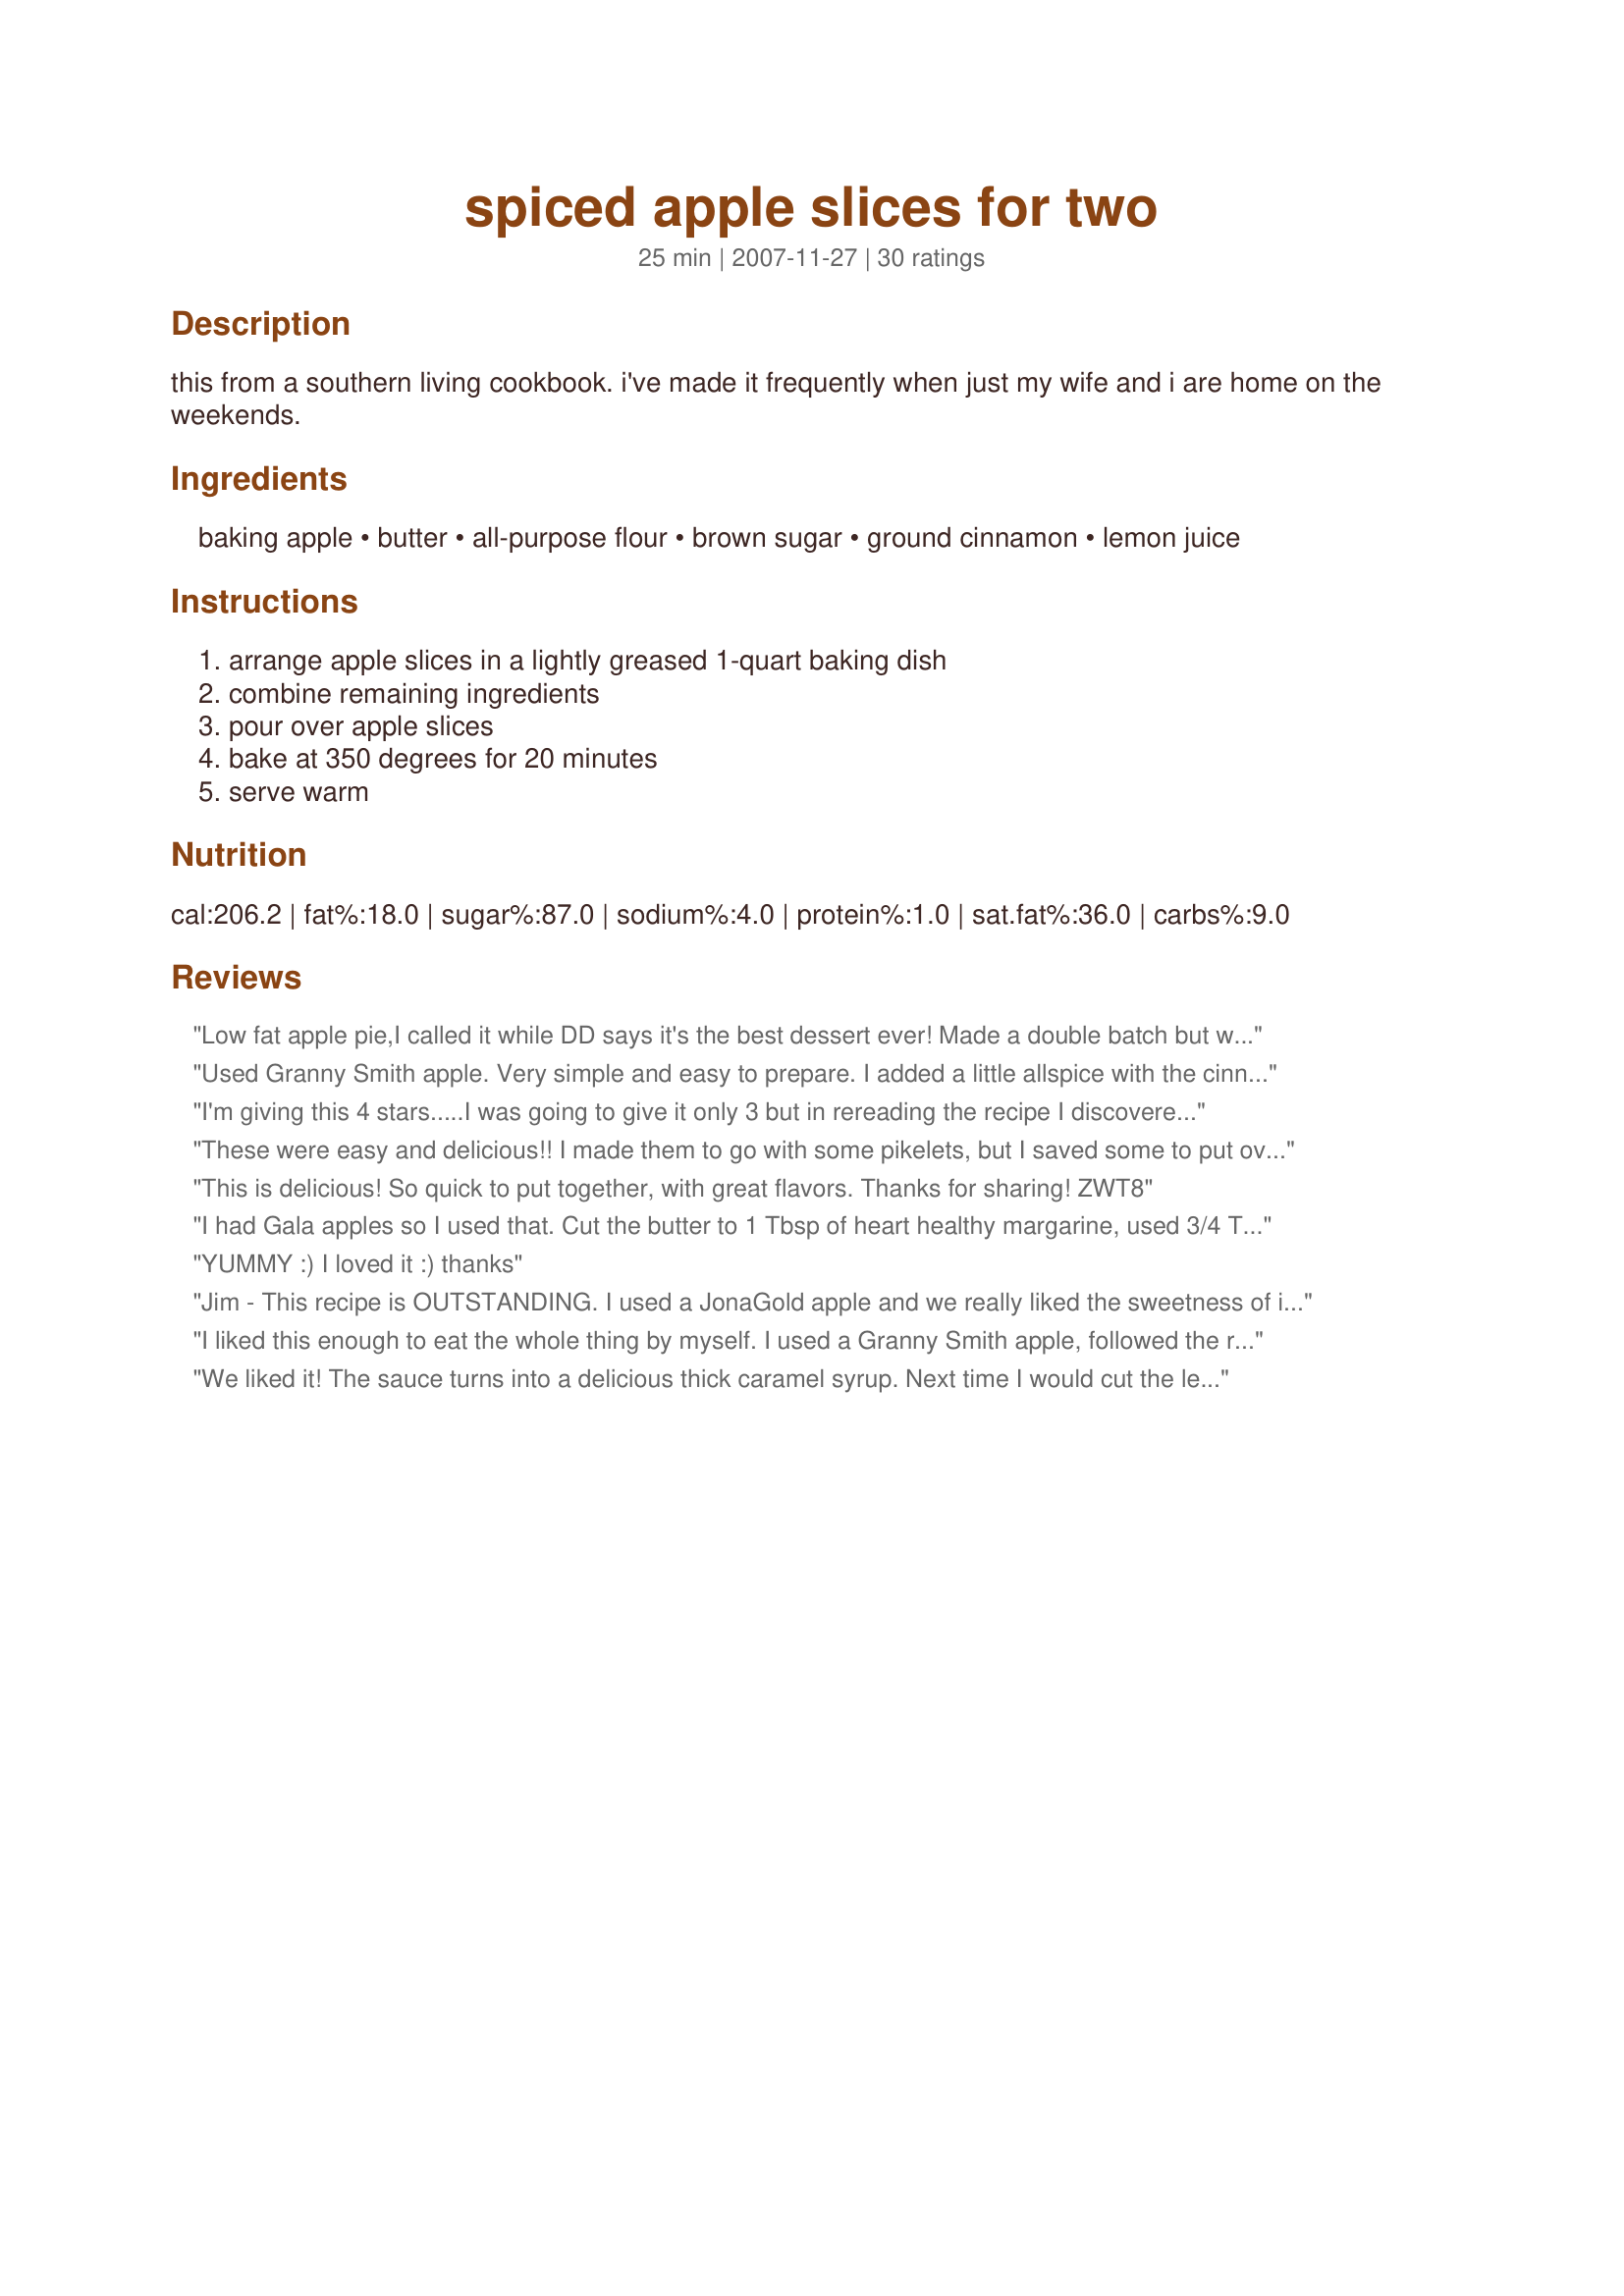
spiced apple slices for two
Preparation time: 25 minutes

this from a southern living cookbook. i've made it frequently when just my wife and i are home on the weekends.

Ingredients:
baking apple, butter, all-purpose flour, brown sugar, ground cinnamon, lemon juice

Steps:
arrange apple slices in a lightly greased 1-quart baking dish, combine remaining ingredients, pour over apple slices, bake at 350 degrees for 20 minutes, serve warm

Reviews:
Low fat apple pie,I called it while DD says it's the best dessert ever! Made a double batch but was barely enough for a mommy and two little girls.Made for ZWT6,go Vagabonds!
Used Granny Smith apple. Very simple and easy to prepare. I added a little allspice with the cinnamon. We enjoyed the for breakfast. Thanks Jim and congrats on your Football Pool win.
I'm giving this 4 stars.....I was going to give it only 3 but in rereading the recipe I discovered I made a mistake and only used 1/2 Tbsp. of brown sugar instead of 1 and 1/2 Tbsp! That would explain why I thought it was so sour. I was disappointed in it but now I plan on making it again the right way and updating my review. Made for Football Pool 2012.
These were easy and delicious!! I made them to go with some pikelets, but I saved some to put over ice cream. Just the right balance of sweet and tart.
This is delicious! So quick to put together, with great flavors. Thanks for sharing! ZWT8
I had Gala apples so I used that. Cut the butter to 1 Tbsp of heart healthy margarine, used 3/4 Tbsp Splenda Brown Sugar and 1/2 a tsp of cinnamon. The apple and cinnamon aroma is lovely and it even enticed DH to share it with me!. I made this as a breakfast dish and we both loved it. The apples are tender and delicious. Made for ZWT4.
YUMMY :) I loved it :) thanks
Jim - This recipe is OUTSTANDING. I used a JonaGold apple and we really liked the sweetness of it with the brown sugar and cinnamon. I did not use the flour - forgot to add it - but the apples still turned out wonderfully. Will be making these again - great for a busy weeknight - so quick and easy to make. Made for HARVEST MOON APPLE FESTIVAL in the Diabetic Forum, October 2010!
I liked this enough to eat the whole thing by myself. I used a Granny Smith apple, followed the recipe, and added a bit of heavy cream. I'll certainly make this often. Thanks for sharing. Made for Football Pool 2012.
We liked it! The sauce turns into a delicious thick caramel syrup. Next time I would cut the lemon juice at least in half, but there will definitely be a next time! Made for ZWT, please see my rating system as I rate tougher than most.
ZWT4: Quick to prepare and delicious!! We will be making this again!!
This was great!! Made exactly as directed but I doubled it...and I'm glad I did! Wow...this was like a warm apple pie without the mess and work! Served with a little ice cream and it was delicious dessert after dinner! Thanks for sharing this fantastic recipe! And congrats on winning the football pool!!! Made for the Football Pool-Week 1 game.
This was very good and made my kitchen smell wonderful. No leftovers. Thanks for a great recipe.
Really easy and tasty dessert. This would take care of an apple pie craving without making the pie. We ate ours with some vanilla ice cream. The apples had just the slightest crunch to them which I appreciated. Made for the Babes of ZWT4.
Made this with Granny Smith apple and Spenda Brown Sugar - then followed the recipe exactly as posted. It was great - loved the tang of the sour apple and the sweet of the topping. Topped with ice cream and added some walnuts - YUM. So easy and a nice ending to our dinner. Had a little left over but not enough for a full serving so the next morning I added the little bit of left over to my morning oatmeal and Wow, was that good. Thanks Maryland Jim for a very nice recipe.
This was really yummy, and a simple dessert. The sauce was so yummy, it made my DH admit that this should get 4 stars, even though he thought it was too tart with Granny Smith apples. Thank you for posting! Made for ZWT4.
I really enjoyed this, used brown sugar splenda blend too, and low fat butter. An easy but yummy dessert especially after a very spicy dinner when i needed to cool my mouth down lol
Easy, smells great, tastes great. I should have made more!
I made this with my son for ZWT4 Cooking with Kids Challenge. He loved helping prepare and EAT this dish. We even shared with Dad and the big brothers. Everyone thought it was a fun and tasty treat, but I wasn't crazy about the texture of the sauce.
Loved these quick and easy apples! I enjoyed mine for breakfast but I think they'd be great for dessert with some vanilla or cinnamon ice cream too. Thanks for sharing the recipe!
Hi Maryland Jim, how wonderful! I made this because I had the yen for apple pie and this was even better! I used a Granny Smith apple but used very little lemon juice and used brown sugar substitute and it was awesome! Thank you for posting such a great recipe! I made this for 'I Recommend ...A New Thread" and it was from puppitypup's recommendation, Diane :)
Made for ZWT4...These were good. The kids loved them but hubby and I just thought they were pretty good. I will probably make again for the kids since they loved it so much and try experimenting with different kinds of apples.
This was so simple, smelled great while cooking and very good. I used a Granny Smith apple and followed the directions as written. I had this as a dessert for just me and I ate it all, lol. So.... not so sure about the 'for two' part. :) I plan on making this again soon and serve it over ice cream. Thanks Maryland Jim for a great treat! Made for MJ's win in the football pool.
I doubled this recipe to serve 4 as I made this to serve over oatmeal for breakfast for the kids and myself. I also converted it to the crockpot. Besides doubling up on the ingredients (I would cut back a little bit on the butter - 2 tblsps is sufficient, I think), increase the flour by 1/2 teaspoon (for a single serving - 1 teaspoon for a doubled recipe) to compensate for the lack of evaporation that will take place in the crockpot. Cook, on high, for 1 hour and 20 minutes. I did up the amount of cinnamon, but that was personal preference. Very tasty apple slices in a tart/sweet sauce. As I said, we served this on oatmeal, but I bet it would be great on icecream, too. I also think that adding other 'warm' spices, like nutmeg, ginger and allsice, would lend themselves very well.
Loved the way that the flour thickened up the "sauce". I had to cook them longer than 20 minutes to get them soft enough--guess next time I'll have to slice the apples thinner. Kids had fun making them for a challenge in ZWT4.
Made for ZWT4 Cooking with Kids Challenge. My 2 year old LOVED the carmel sauce to say the least! Thanks for a fun and easy recipe.
Phanstastic!<br/>I prepared the double quantity of topping and used 4 apples since I have a lot.<br/>After 20 minutes baking I added 3 minutes broiling to caramelize the apple edges.<br/>Granny Smith apples or other sour apples are the ideal choice for this recipe!<br/>I served this warm with some fresh plain balkan yogurt. A real dream! I will do it again and again!<br/>Thanks a lot!
I like a man that can cook, but a plan had to be devised by a cave man whose wife handed him a honey-do list. It was to really mess up and then he wouldn't be asked to cook again. Works every time, but sounds suspicious to me. Wait, I think my husband is listening. Next, he'll be folding laundry. Made for ZWT#8~AU/NZ.
I don't by Granny Smith apples very often but found two left over from Thanksgiving so I decided to give this recipe a try. This is really easy and good. I used brown sugar splenda and added some freshly grated nutmeg. Thanks. I'll be making this one again.
This was pretty good! We ate it with a scoop of ice cream.
